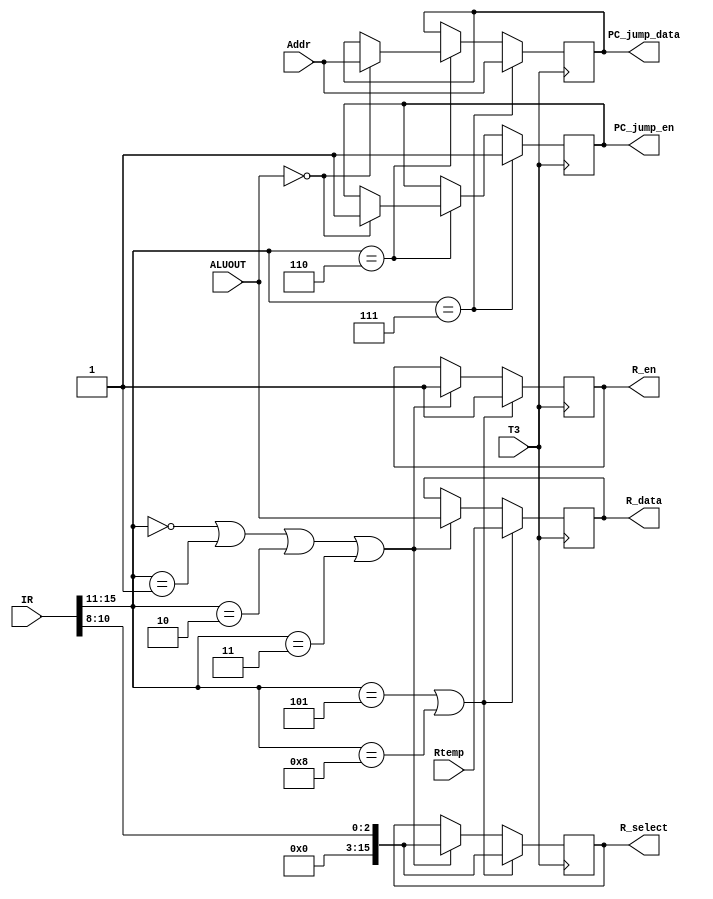
`timescale 1ns / 1ps
//////////////////////////////////////////////////////////////////////////////////
// Company: 
// Engineer: 
// 
// Design Name: 
// Module Name: WriteBack
// Project Name: 
// Target Devices: 
// Tool Versions: 
// Description: 
// 
// Dependencies: 
// 
// Revision:
// Revision 0.01 - File Created
// Additional Comments:
// 
//////////////////////////////////////////////////////////////////////////////////


module WriteBack(
    input wire T3,
    input wire [7:0] Rtemp,
    input wire [7:0] ALUOUT,
    input wire [15:0] Addr,
    input wire [15:0] IR,
    output reg [15:0] PC_jump_data,
    output reg  PC_jump_en,
    output reg [7:0] R_data,
    output reg [15:0] R_select,
    output reg  R_en
    );
    reg [4:0] operator;
    always @(posedge T3)
    begin
        operator[4:0] = IR[15:11];
        //
        //ALUOUT -> Reg(Ad1(IR))
        if(operator == 5'b00000 
        || operator == 5'b00001
        || operator == 5'b00010
        || operator == 5'b00011)//ADD SUB MOV MVI
        begin
            R_select = IR[10:8];
            R_data = ALUOUT;
            R_en = 1;
        end

        //Rtemp -> Reg(Ad1(IR))
        if(operator == 5'b00101 || operator == 5'b01000) //LDA IN
        begin
            R_select =  IR[10:8];
            R_data  = Rtemp;
            R_en =1;
        end

        //If ALUOUT==0
        // Then
        // Addr->PC
        if(operator == 5'b00110) //JZ
        begin
            if(ALUOUT == 1'd0)
            begin
                PC_jump_data = Addr;
                PC_jump_en = 1;
            end
        end

        //Addr->PC
        if(operator == 5'b00111)//JMP
        begin
            PC_jump_data = Addr;
            PC_jump_en = 1;
        end


        if(operator == 5'b01001)//OUT
        begin

        end
    end
endmodule